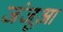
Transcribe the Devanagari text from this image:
जंजूआ